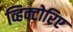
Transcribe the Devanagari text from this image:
व्हिक्टोरिए